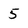
Character: 5